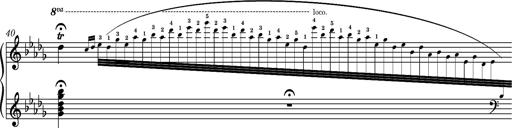
Title: Ungarische Nationalmelodien, S.243
Composer: Franz Liszt